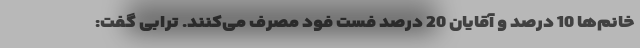
خانم‌ها 10 درصد و آقایان 20 درصد فست فود مصرف می‌کنند. ترابی گفت: